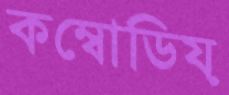
কম্বোডিয়